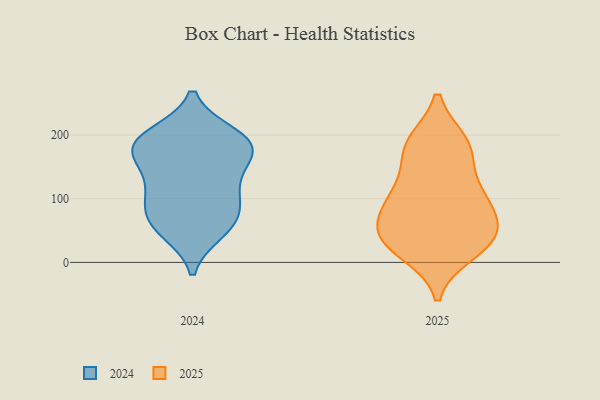
{"axis": {"x": "Bounce Rate (%)", "y": "Value"}, "legend": ["2024", "2025"], "data": [{"x": "", "y": 184, "type": "2024"}, {"x": "", "y": 200, "type": "2024"}, {"x": "", "y": 85, "type": "2024"}, {"x": "", "y": 117, "type": "2024"}, {"x": "", "y": 175, "type": "2024"}, {"x": "", "y": 62, "type": "2024"}, {"x": "", "y": 199, "type": "2024"}, {"x": "", "y": 83, "type": "2024"}, {"x": "", "y": 113, "type": "2024"}, {"x": "", "y": 136, "type": "2024"}, {"x": "", "y": 174, "type": "2024"}, {"x": "", "y": 171, "type": "2024"}, {"x": "", "y": 49, "type": "2024"}, {"x": "", "y": 54, "type": "2024"}, {"x": "", "y": 187, "type": "2024"}, {"x": "", "y": 99, "type": "2025"}, {"x": "", "y": 64, "type": "2025"}, {"x": "", "y": 53, "type": "2025"}, {"x": "", "y": 50, "type": "2025"}, {"x": "", "y": 111, "type": "2025"}, {"x": "", "y": 188, "type": "2025"}, {"x": "", "y": 29, "type": "2025"}, {"x": "", "y": 32, "type": "2025"}, {"x": "", "y": 160, "type": "2025"}, {"x": "", "y": 16, "type": "2025"}, {"x": "", "y": 106, "type": "2025"}, {"x": "", "y": 33, "type": "2025"}, {"x": "", "y": 185, "type": "2025"}, {"x": "", "y": 93, "type": "2025"}, {"x": "", "y": 186, "type": "2025"}]}